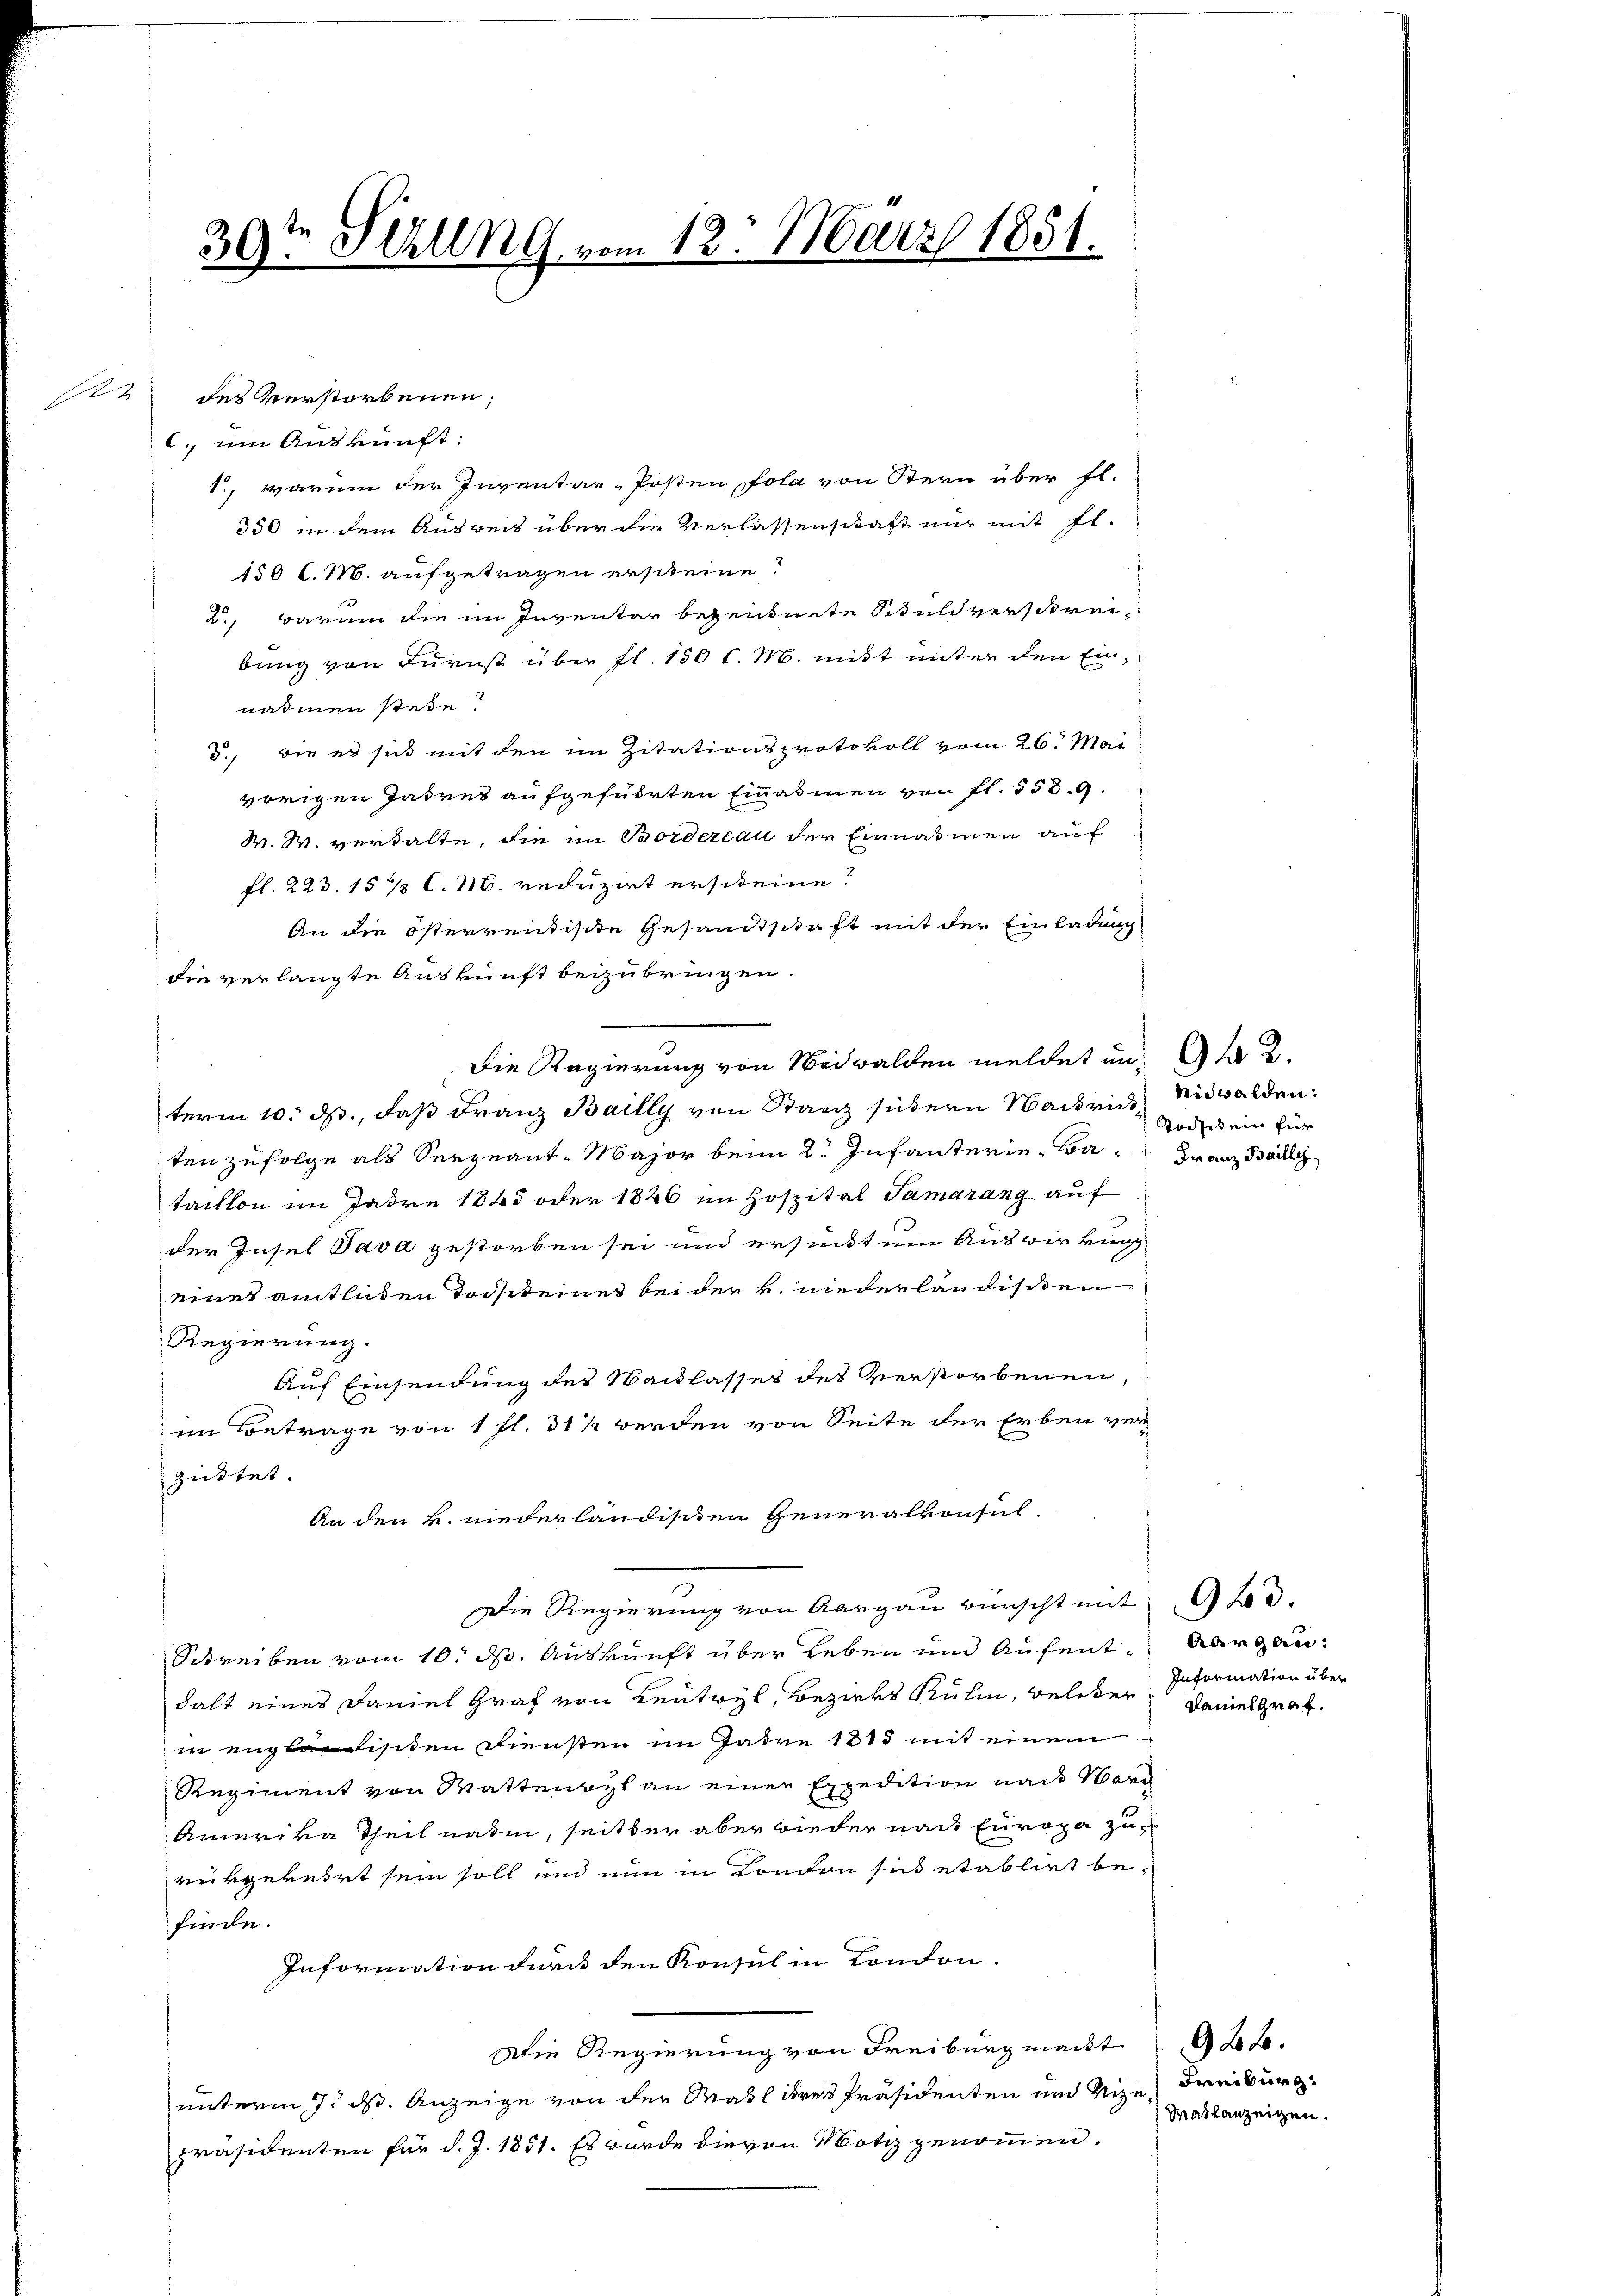
30ten Schling vom 12. März 1851.

122 des Verstorbenen;
c. um Auskunft:
1., warum der Inventar-Posten fola von Stern über fl.
350 in dem Ausreis über die Verlassenschaft nur mit fl.
150 l. M. aufgetragen ersteine?
2., darum die im Inventar bezeugnete Schuldverstreibung von Furnst über fl. 150 l. M. mitt unter den Ein-
nahmen stehe?
d., die es sich mit den im Zitationsprotokoll vom 26. Mai
vorigen Jahres aufgeführten Einasmen von fl. 558. 9.
W. W. verhalte, die im Borderlau der Einnahmen auf
fl. 223. 15 1/2 C.M. reduzirt erscheine?
An die österrentiste Gesandtschaft mit der Einladung
die verlangte Auskunft beizubringen.
Die Regierung von Nidwalden meldet in Ad 2.
term 10. ds., daß Franz Bailly von Stanz sedern Nachrich, Nidwalden:
ten zufolge als Seegeant-Major beim 2. Infanterie-Ba- Franz Bally
taillon im Jahre 1845 oder 1846 im Hospital Samarang auf
u
der Insel Java gestorben sei und ersucht um Auswirkung
eines amtlichen Tochteines bei der u. niederländischen
Regierung.
Auf Einsendung des Sacklasses des Verstorbenen,
im Betrage von 1 fl. 311 werden von Seite der Erben ver
züstet.
An den k. niederländischen Generalkonsul-
Die Regierung von Aargau wünscht mit 9 t d.
Schreiben vom 10. d. Auskunft über Leben und Aufent, Aargaudalt eines Daniel Graf von Leutwyl, Bezirks Kulm, Beleder Daniel Graf.
in englisten Diensten im Jahre 1815 mit einem
Regiment von Wattenwyl an einer Expedition nach Warn
Amerika Theil nahe, seit der aber wieder nach Europa zurükgekehrt sein soll und nun in London sich etablirt befinde.
Information durch den Konsul in London.
Die Regierung von Freiburg macht 26.
unterm 7. ds. Anzeige von der Mass ihrer Präsidenten und Vize
präsidenten für d. J. 1851. Es wurde die von Notiz genommen.

Todstein für

Information über

Freiburg.
Mailanzeigen.